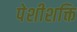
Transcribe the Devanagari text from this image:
पेशीशक्ति